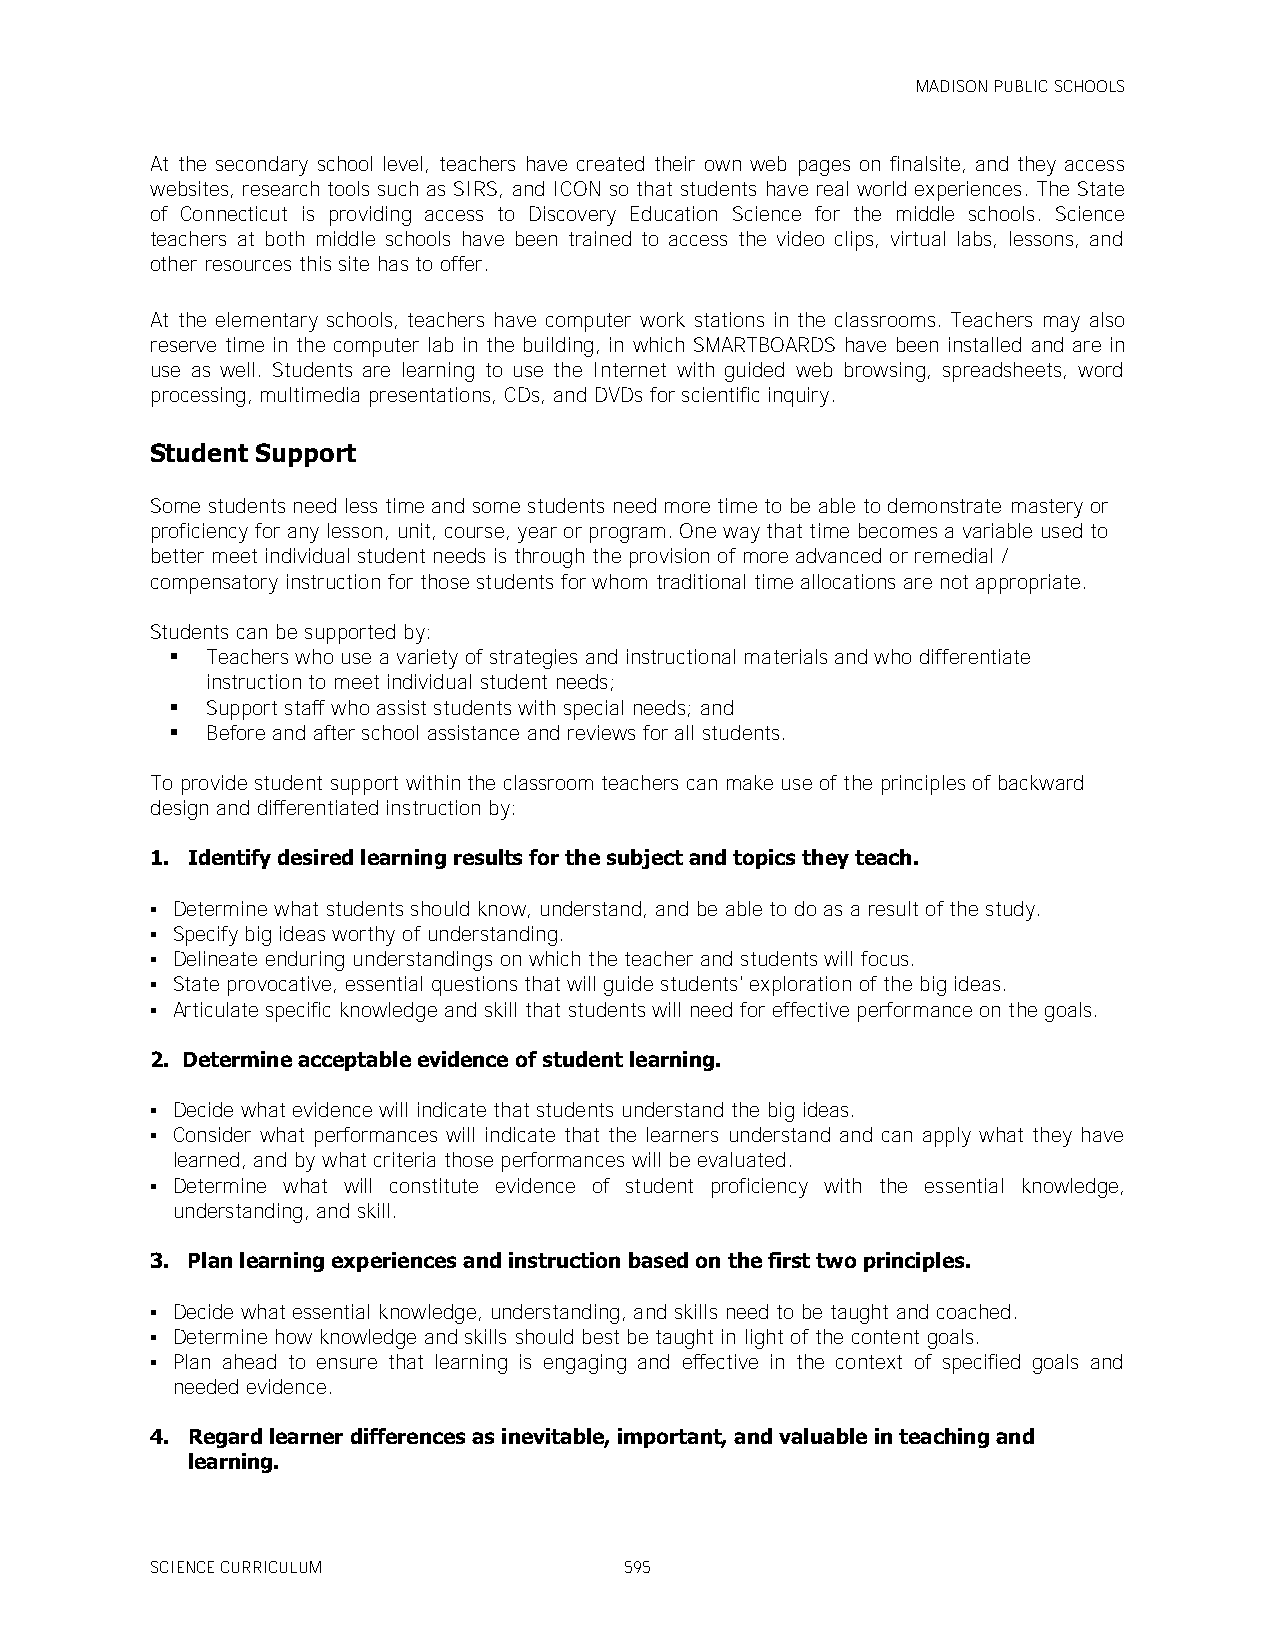
MADISON PUBLIC SCHOOLS
 At the secondary school level, teachers have created their own web pages on finalsite, and they access
 websites, research tools such as SIRS, and ICON so that students have real world experiences. The State
 of Connecticut is providing access to Discovery Education Science for the middle schools. Science
 teachers at both middle schools have been trained to access the video clips, virtual labs, lessons, and
 other resources this site has to offer.
 At the elementary schools, teachers have computer work stations in the classrooms. Teachers may also
 reserve time in the computer lab in the building, in which SMARTBOARDS have been installed and are in
 use as well. Students are learning to use the Internet with guided web browsing, spreadsheets, word
 processing, multimedia presentations, CDs, and DVDs for scientific inquiry.
 Student Support
 Some students need less time and some students need more time to be able to demonstrate mastery or
 proficiency for any lesson, unit, course, year or program. One way that time becomes a variable used to
 better meet individual student needs is through the provision of more advanced or remedial /
 compensatory instruction for those students for whom traditional time allocations are not appropriate.
 Students can be supported by:
   Teachers who use a variety of strategies and instructional materials and who differentiate
 instruction to meet individual student needs;
   Support staff who assist students with special needs; and
   Before and after school assistance and reviews for all students.
 To provide student support within the classroom teachers can make use of the principles of backward
 design and differentiated instruction by:
 1. Identify desired learning results for the subject and topics they teach.
  Determine what students should know, understand, and be able to do as a result of the study.
  Specify big ideas worthy of understanding.
  Delineate enduring understandings on which the teacher and students will focus.
  State provocative, essential questions that will guide students' exploration of the big ideas.
  Articulate specific knowledge and skill that students will need for effective performance on the goals.
 2. Determine acceptable evidence of student learning.
  Decide what evidence will indicate that students understand the big ideas.
  Consider what performances will indicate that the learners understand and can apply what they have
 learned, and by what criteria those performances will be evaluated.
  Determine what will constitute evidence of student proficiency with the essential knowledge,
 understanding, and skill.
 3. Plan learning experiences and instruction based on the first two principles.
  Decide what essential knowledge, understanding, and skills need to be taught and coached.
  Determine how knowledge and skills should best be taught in light of the content goals.
  Plan ahead to ensure that learning is engaging and effective in the context of specified goals and
 needed evidence.
 4. Regard learner differences as inevitable, important, and valuable in teaching and
 learning.
 SCIENCE CURRICULUM             595